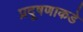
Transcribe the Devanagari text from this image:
प्रदूषणाकडे